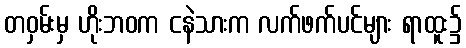
တဝှမ်းမှ ဟိုးဘဝက ငနဲသားက လက်ဖက်ပင်များ ရာထူး၌